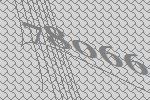
78066